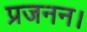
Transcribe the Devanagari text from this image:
प्रजनन।